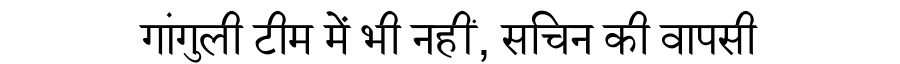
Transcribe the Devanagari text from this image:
गांगुली टीम में भी नहीं, सचिन की वापसी